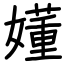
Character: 嬞